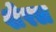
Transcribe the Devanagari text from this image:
शेरल